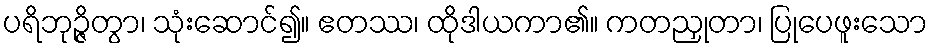
ပရိဘုဉ္ဇိတွာ၊ သုံးဆောင်၍။ ဧတဿ၊ ထိုဒါယကာ၏။ ကတညှုတာ၊ ပြုပေဖူးသော